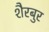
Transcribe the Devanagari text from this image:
शैरबुर